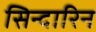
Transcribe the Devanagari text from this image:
सिन्दारिन